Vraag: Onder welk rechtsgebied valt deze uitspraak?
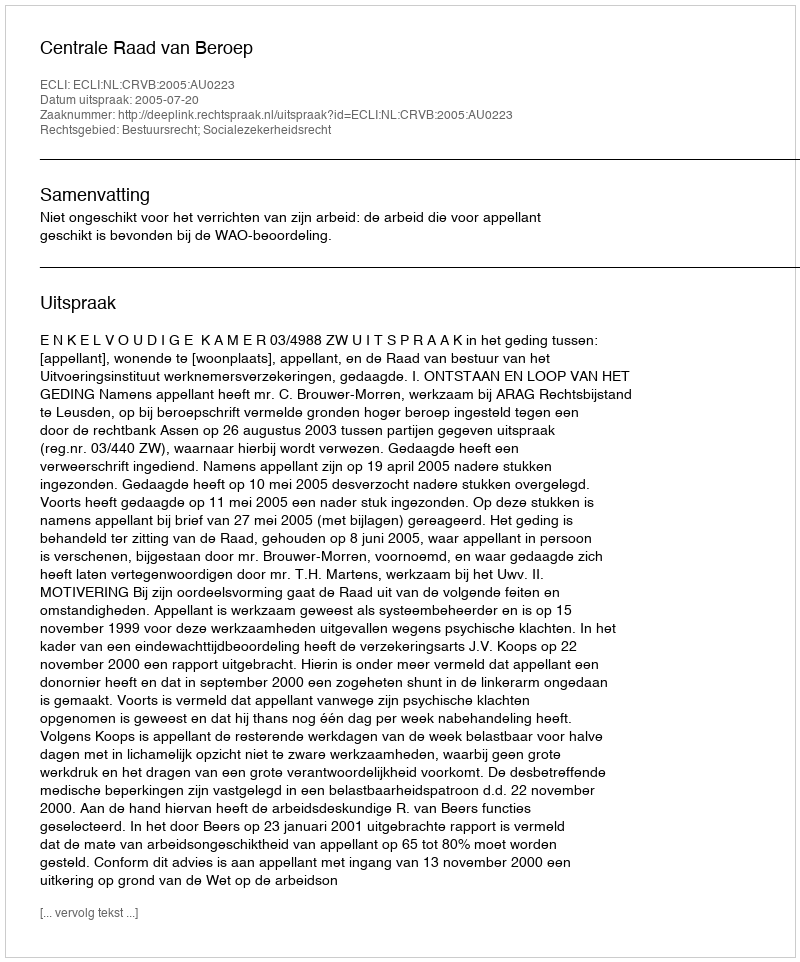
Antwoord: Bestuursrecht; Socialezekerheidsrecht